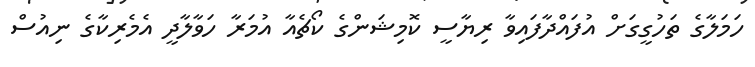
ހަމަލާގެ ތަހުގީގަށް އުފައްދާފައިވާ ރިޔާސީ ކޮމިޝަންގެ ކޯޗެއާ އުމަރާ ހަވާލާދީ އެމެރިކާގެ ނިއުސް